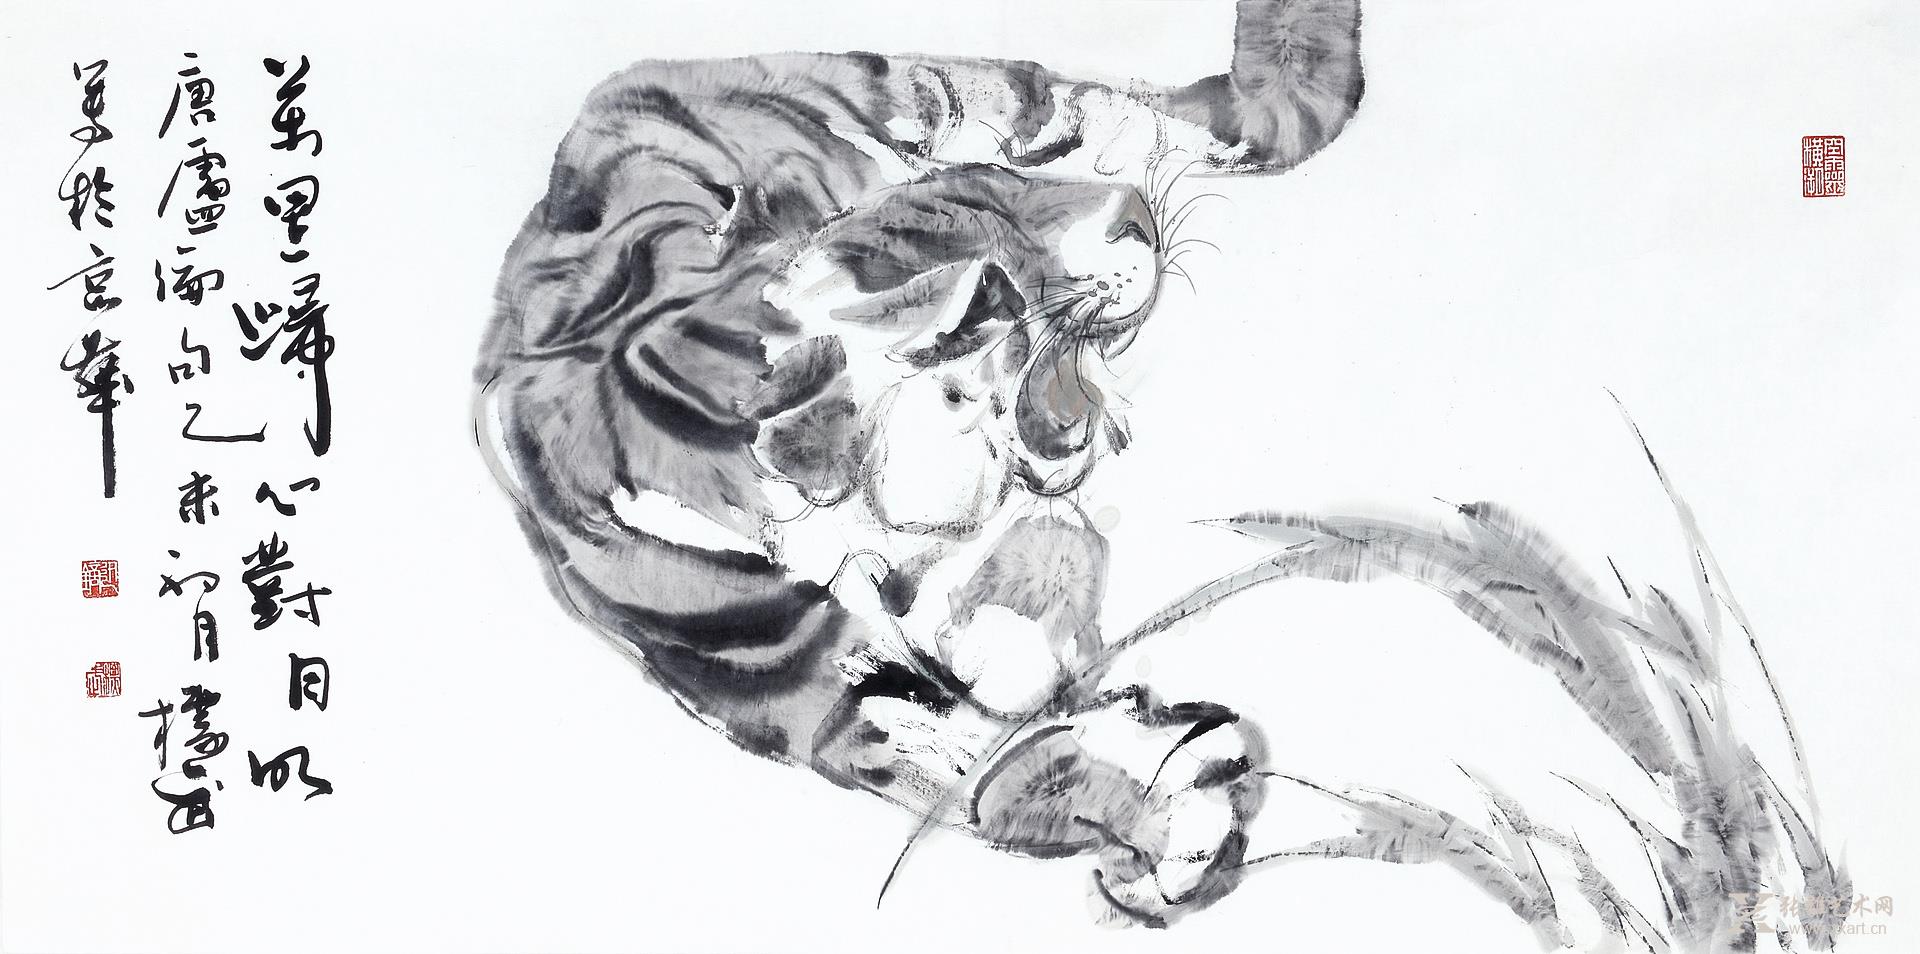
三湘愁鬓逢秋色，万里归心对月明。